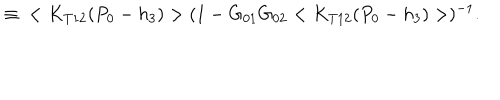
LaTeX: \, \, \equiv \, \, \, < K _ { T 1 2 } ( P _ { 0 } - h _ { 3 } ) > ( 1 - G _ { 0 1 } G _ { 0 2 } < K _ { T 1 2 } ( P _ { 0 } - h _ { 3 } ) > ) ^ { - 1 } .